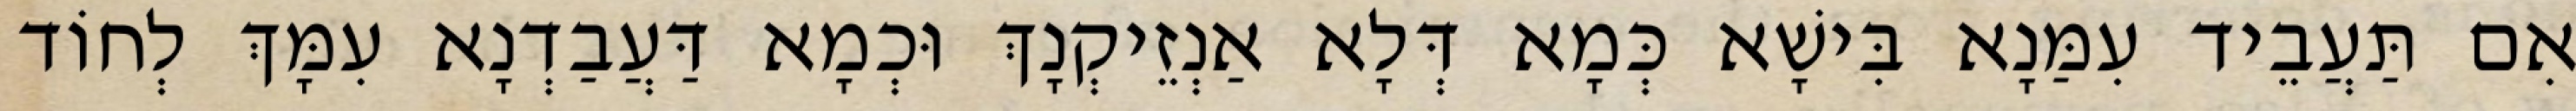
אִם תַּעֲבֵיד עִמַּנָא בִּישָׁא כְּמָא דְּלָא אַנְזֵיקְנָךְ וּכְמָא דַּעֲבַדְנָא עִמָּךְ לְחוֹד